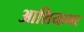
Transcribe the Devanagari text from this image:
आशियाभर